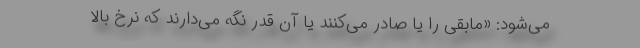
می‌شود: «مابقی را یا صادر می‌کنند یا آن‌ قدر نگه می‌دارند که نرخ بالا